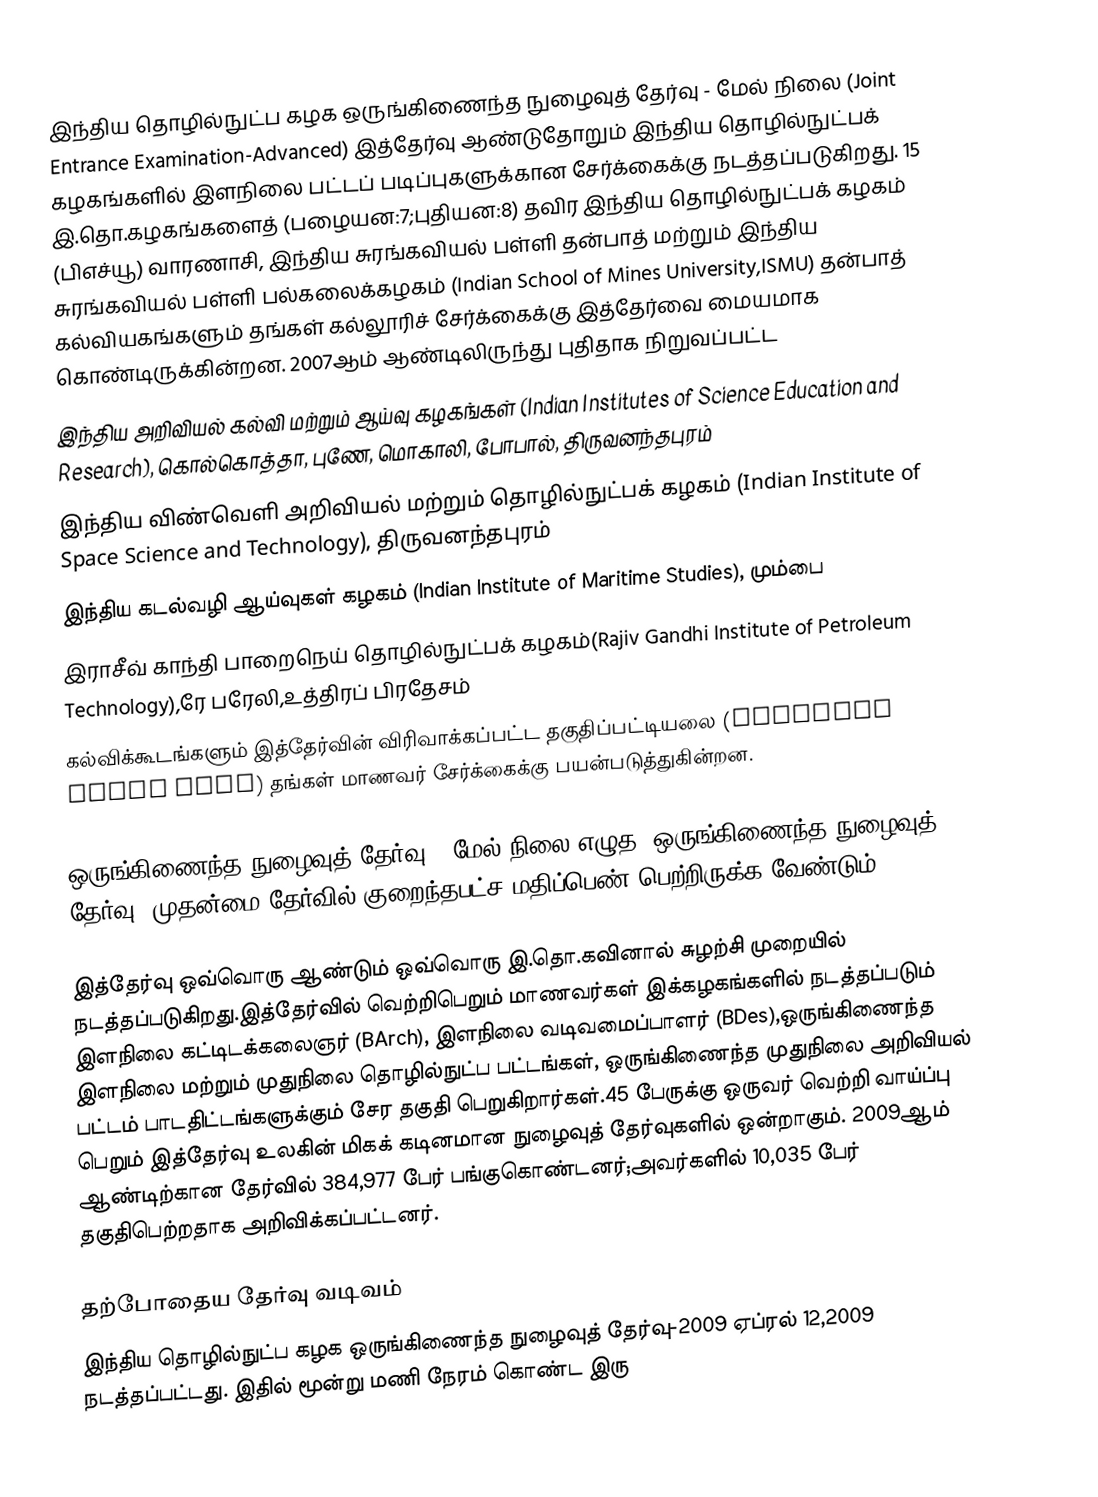
இந்திய தொழில்நுட்ப கழக ஒருங்கிணைந்த நுழைவுத் தேர்வு - மேல் நிலை (Joint Entrance Examination-Advanced) இத்தேர்வு ஆண்டுதோறும் இந்திய தொழில்நுட்பக் கழகங்களில்  இளநிலை பட்டப் படிப்புகளுக்கான சேர்க்கைக்கு நடத்தப்படுகிறது. 15 இ.தொ.கழகங்களைத்  (பழையன:7;புதியன:8) தவிர இந்திய தொழில்நுட்பக் கழகம் (பிஎச்யூ) வாரணாசி, இந்திய சுரங்கவியல் பள்ளி தன்பாத் மற்றும் இந்திய சுரங்கவியல் பள்ளி பல்கலைக்கழகம் (Indian School of Mines University,ISMU) தன்பாத் கல்வியகங்களும்  தங்கள் கல்லூரிச் சேர்க்கைக்கு இத்தேர்வை மையமாக கொண்டிருக்கின்றன. 2007ஆம் ஆண்டிலிருந்து புதிதாக நிறுவப்பட்ட
 இந்திய அறிவியல் கல்வி மற்றும் ஆய்வு கழகங்கள் (Indian Institutes of Science Education and Research), கொல்கொத்தா, புணே, மொகாலி, போபால், திருவனந்தபுரம்
 இந்திய விண்வெளி அறிவியல் மற்றும் தொழில்நுட்பக் கழகம் (Indian Institute of Space Science and Technology), திருவனந்தபுரம்
 இந்திய கடல்வழி ஆய்வுகள் கழகம் (Indian Institute of Maritime Studies), மும்பை
 இராசீவ் காந்தி பாறைநெய் தொழில்நுட்பக் கழகம்(Rajiv Gandhi Institute of Petroleum Technology),ரே பரேலி,உத்திரப் பிரதேசம்
கல்விக்கூடங்களும் இத்தேர்வின் விரிவாக்கப்பட்ட தகுதிப்பட்டியலை (Extended Merit List) தங்கள் மாணவர் சேர்க்கைக்கு பயன்படுத்துகின்றன.

ஒருங்கிணைந்த நுழைவுத் தேர்வு - மேல் நிலை எழுத, ஒருங்கிணைந்த நுழைவுத் தேர்வு -முதன்மை தேர்வில் குறைந்தபட்ச மதிப்பெண் பெற்றிருக்க வேண்டும்.

இத்தேர்வு ஒவ்வொரு ஆண்டும் ஒவ்வொரு இ.தொ.கவினால் சுழற்சி முறையில் நடத்தப்படுகிறது.இத்தேர்வில் வெற்றிபெறும் மாணவர்கள் இக்கழகங்களில் நடத்தப்படும் இளநிலை கட்டிடக்கலைஞர் (BArch), இளநிலை வடிவமைப்பாளர் (BDes),ஒருங்கிணைந்த இளநிலை மற்றும் முதுநிலை தொழில்நுட்ப பட்டங்கள், ஒருங்கிணைந்த முதுநிலை அறிவியல் பட்டம் பாடதிட்டங்களுக்கும் சேர தகுதி பெறுகிறார்கள்.45 பேருக்கு ஒருவர் வெற்றி வாய்ப்பு பெறும் இத்தேர்வு உலகின் மிகக் கடினமான நுழைவுத் தேர்வுகளில் ஒன்றாகும். 2009ஆம் ஆண்டிற்கான தேர்வில் 384,977 பேர் பங்குகொண்டனர்;அவர்களில் 10,035 பேர் தகுதிபெற்றதாக அறிவிக்கப்பட்டனர்.

தற்போதைய தேர்வு வடிவம்
இந்திய தொழில்நுட்ப கழக ஒருங்கிணைந்த நுழைவுத் தேர்வு-2009 ஏப்ரல் 12,2009 நடத்தப்பட்டது. இதில் மூன்று மணி நேரம் கொண்ட இரு